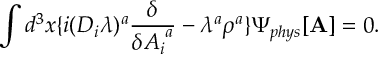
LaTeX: \int d ^ { 3 } x \{ i ( D _ { i } \lambda ) ^ { a } \frac { \delta } { \delta { A _ { i } } ^ { a } } - \lambda ^ { a } \rho ^ { a } \} { \Psi } _ { p h y s } [ { \bf A } ] = 0 .